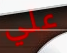
علي